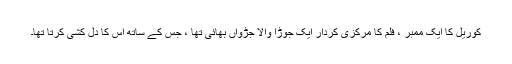
کوریل کا ایک ممبر ، فلم کا مرکزی کردار ایک جوڑا والا جڑواں بھائی تھا ، جس کے ساتھ اس کا دل کشی کرتا تھا۔